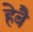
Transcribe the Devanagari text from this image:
हेबै